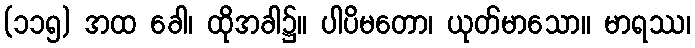
(၁၁၅) အထ ခေါ၊ ထိုအခါ၌။ ပါပိမတော၊ ယုတ်မာသော။ မာရဿ၊